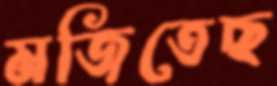
মজিতেছ